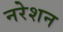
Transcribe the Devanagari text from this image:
नरेशन